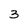
Character: 3